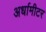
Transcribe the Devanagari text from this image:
अर्धामीटर